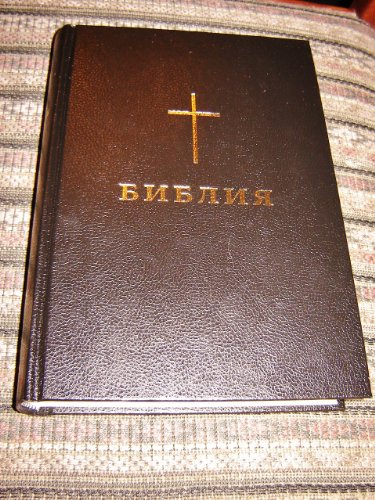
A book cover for Bulgarian Protestant Bible with the Words of Christ in RED / Huge 073 Size / Color Maps, Supplements; Bible Society; Travel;